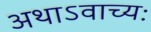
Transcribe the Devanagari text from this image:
अथाऽवाच्यः